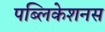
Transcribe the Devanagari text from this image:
पब्लिकेशनस